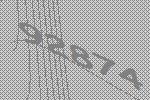
92874